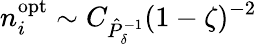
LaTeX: n_{i}^{\mathrm{opt}}\sim C_{\hat{P}_{\delta}^{-1}}(1-\zeta)^{-2}